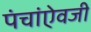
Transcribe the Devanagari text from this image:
पंचांऐवजी